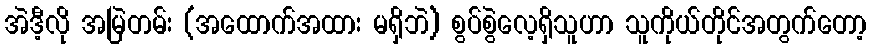
အဲဒီ့လို အမြဲတမ်း (အထောက်အထား မရှိဘဲ) စွပ်စွဲလေ့ရှိသူဟာ သူကိုယ်တိုင်အတွက်တော့